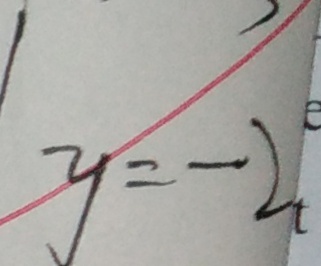
y = - 2